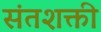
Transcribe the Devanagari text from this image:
संतशक्ती